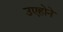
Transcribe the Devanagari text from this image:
उएहोने